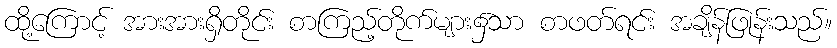
ထို့ကြောင့် အားအားရှိတိုင်း စာကြည့်တိုက်များ၌သာ စာဖတ်ရင်း အချိန်ဖြုန်းသည်။